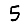
Digit: 5